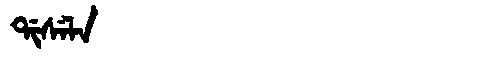
Manchu: ᡩᡳᠰᡝᠯᠠ
Romanization: DISELA